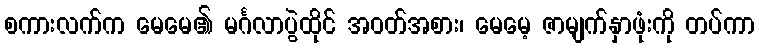
စကားလက်က မေမေ၏ မင်္ဂလာပွဲထိုင် အဝတ်အစား၊ မေမေ့ ဇာမျက်နှာဖုံးကို တပ်ကာ